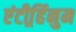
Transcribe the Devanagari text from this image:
एंटीर्र्हिनुम